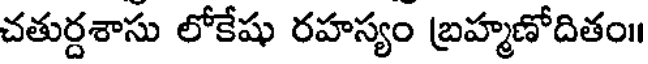
చతుర్దశాసు లోకేషు రహస్యం బ్రహ్మణోదితం॥